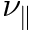
\nu _ { \parallel }